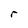
Character: r